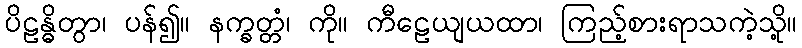
ပိဠန္ဓိတွာ၊ ပန်၍။ နက္ခတ္တံ၊ ကို။ ကီဠေယျယထာ၊ ကြည့်စားရာသကဲ့သို့။